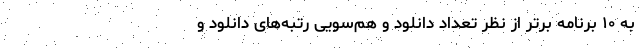
به ۱۰ برنامه برتر از نظر تعداد دانلود و هم‌سویی رتبه‌های دانلود و